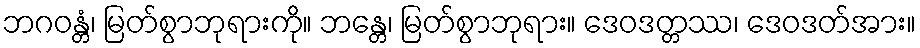
ဘဂဝန္တံ၊ မြတ်စွာဘုရားကို။ ဘန္တေ၊ မြတ်စွာဘုရား။ ဒေဝဒတ္တဿ၊ ဒေဝဒတ်အား။